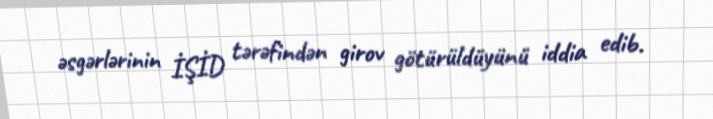
əsgərlərinin İŞİD tərəfindən girov götürüldüyünü iddia edib.